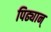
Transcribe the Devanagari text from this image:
पिढ्यान्‌